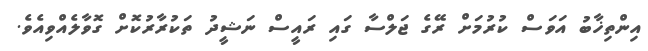
އިންތިޚާބު އަވަސް ކުރުމަށް ރޭގެ ޖަލްސާ ގައި ރައީސް ނަޝީދު ތަކުރާރުކޮށް ގޮވާލެއްވިއެވެ.